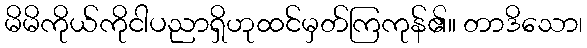
မိမိကိုယ်ကိုငါပညာရှိဟုထင်မှတ်ကြကုန်၏။ တာဒိသော၊